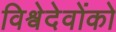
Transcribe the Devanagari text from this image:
विश्वेदेवोंको